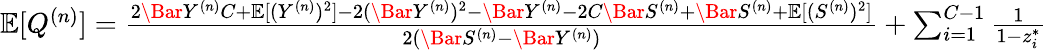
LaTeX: \begin{array}{r}{\mathbb{E}[Q^{(n)}]=\frac{2\Bar{Y}^{(n)}C+\mathbb{E}[({Y}^{(n)})^{2}]-2(\Bar{Y}^{(n)})^{2}-\Bar{Y}^{(n)}-2C\Bar{S}^{(n)}+\Bar{S}^{(n)}+\mathbb{E}[(S^{(n)})^{2}]}{2(\Bar{S}^{(n)}-\Bar{Y}^{(n)})}+\sum_{i=1}^{C-1}\frac{1}{1-z_{i}^{*}}}\end{array}